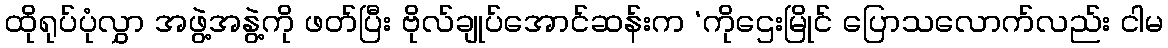
ထိုရုပ်ပုံလွှာ အဖွဲ့အနွဲ့ကို ဖတ်ပြီး ဗိုလ်ချုပ်အောင်ဆန်းက ‘ကိုဌေးမြိုင် ပြောသလောက်လည်း ငါမ